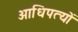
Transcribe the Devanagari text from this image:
आधिपत्यों